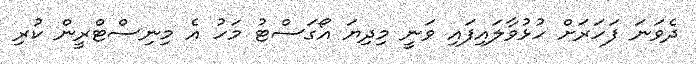
ދެވަނަ ފަހަރަށް ހުޅުވާލައިފައި ވަނީ މިދިޔަ އޯގަސްޓު މަހު އެ މިނިސްޓްރީން ކުރި